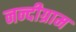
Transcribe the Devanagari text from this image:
नन्दीग्राम